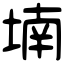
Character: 𡎜